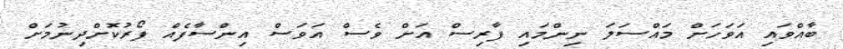
ބާއްވައި އަވަހަށް މައްސަލަ ނިންމައި ފާރިސް އަށް ވެސް އަވަސް އިންސާފެއް ފޯރުކޮށްދިނުމަށް